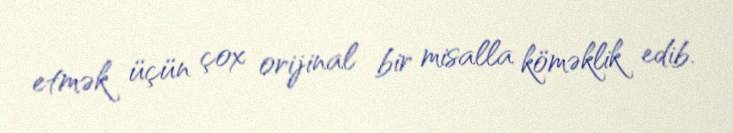
etmək üçün çox orijinal bir misalla köməklik edib.